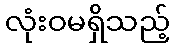
လုံးဝမရှိသည့်